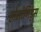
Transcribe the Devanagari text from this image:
होमोनिड्स